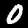
Label: 0